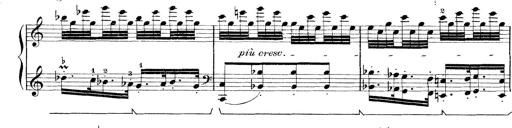
Title: Rapsodie: 19 ungheresi, 1 spagnuola
Composer: Franz Liszt